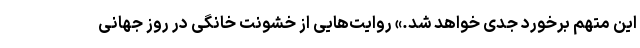
این متهم برخورد جدی خواهد شد.» روایت‌هایی از خشونت خانگی در روز جهانی